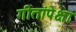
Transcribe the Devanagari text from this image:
गीतांपेक्षा